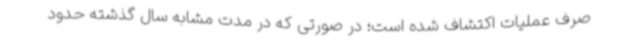
صرف عملیات اکتشاف شده است؛ در صورتی که در مدت مشابه سال گذشته حدود